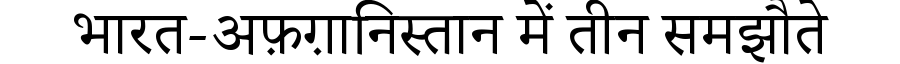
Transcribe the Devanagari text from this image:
भारत-अफ़ग़ानिस्तान में तीन समझौते